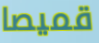
قميصا